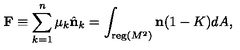
{ \bf F } \equiv \sum _ { k = 1 } ^ { n } \mu _ { k } \hat { { \bf n } } _ { k } = \int _ { { \mathrm { \small { r e g } } } ( M ^ { 2 } ) } { \bf n } ( 1 - K ) d A ,